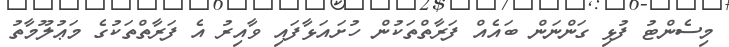
މިސެންޓު ފުޅި ގަންނަން ބައެއް ފަރާތްތަކުން ހުށައަޅާފައި ވާއިރު އެ ފަރާތްތަކުގެ މަޢުލޫމާތު